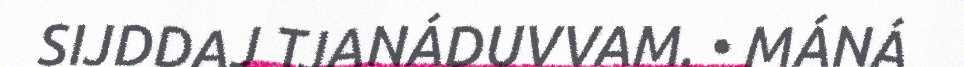
SIJDDAJ TJANÁDUVVAM. • MÁNÁ